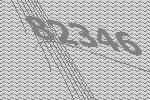
82346